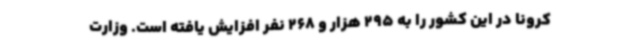
کرونا در این کشور را به 295 هزار و 268 نفر افزایش یافته است. وزارت